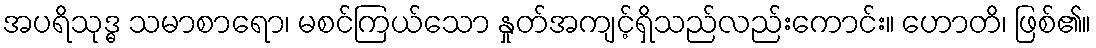
အပရိသုဒ္ဓ သမာစာရော၊ မစင်ကြယ်သော နှုတ်အကျင့်ရှိသည်လည်းကောင်း။ ဟောတိ၊ ဖြစ်၏။